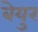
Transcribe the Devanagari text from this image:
बेयुर